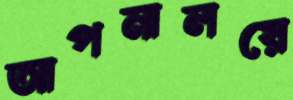
আপনালয়ে